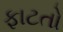
ફાટતો